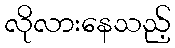
လိုလားနေသည့်